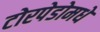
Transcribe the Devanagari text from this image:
टोरपेडोमधे